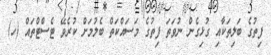
ފިތުގެ ބަލިތަކާއި ގުޅިގެން ނުވަތަ ފިތުގެ މަސައްކަތް ބެލުމަށް ކުރެވޭ ޓެސްޓްތައް (ހ)